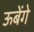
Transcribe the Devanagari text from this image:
ऊबेंगे